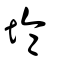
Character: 埨